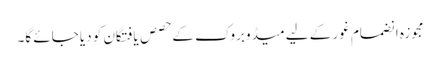
مجوزہ انضمام غور کے لیے میڈوبروک کے حصص یافتگان کو دیا جائے گا۔